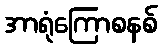
အာရုံကြောစနစ်